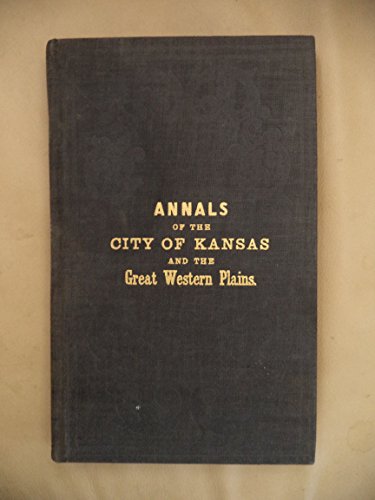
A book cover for Annals of the city of Kansas;: Embracing full details of the trade and commerce of the great western plains, together with statistics of the ... City, Van Horn & Abeel's Printing House, 1858; C. C Spalding; Travel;